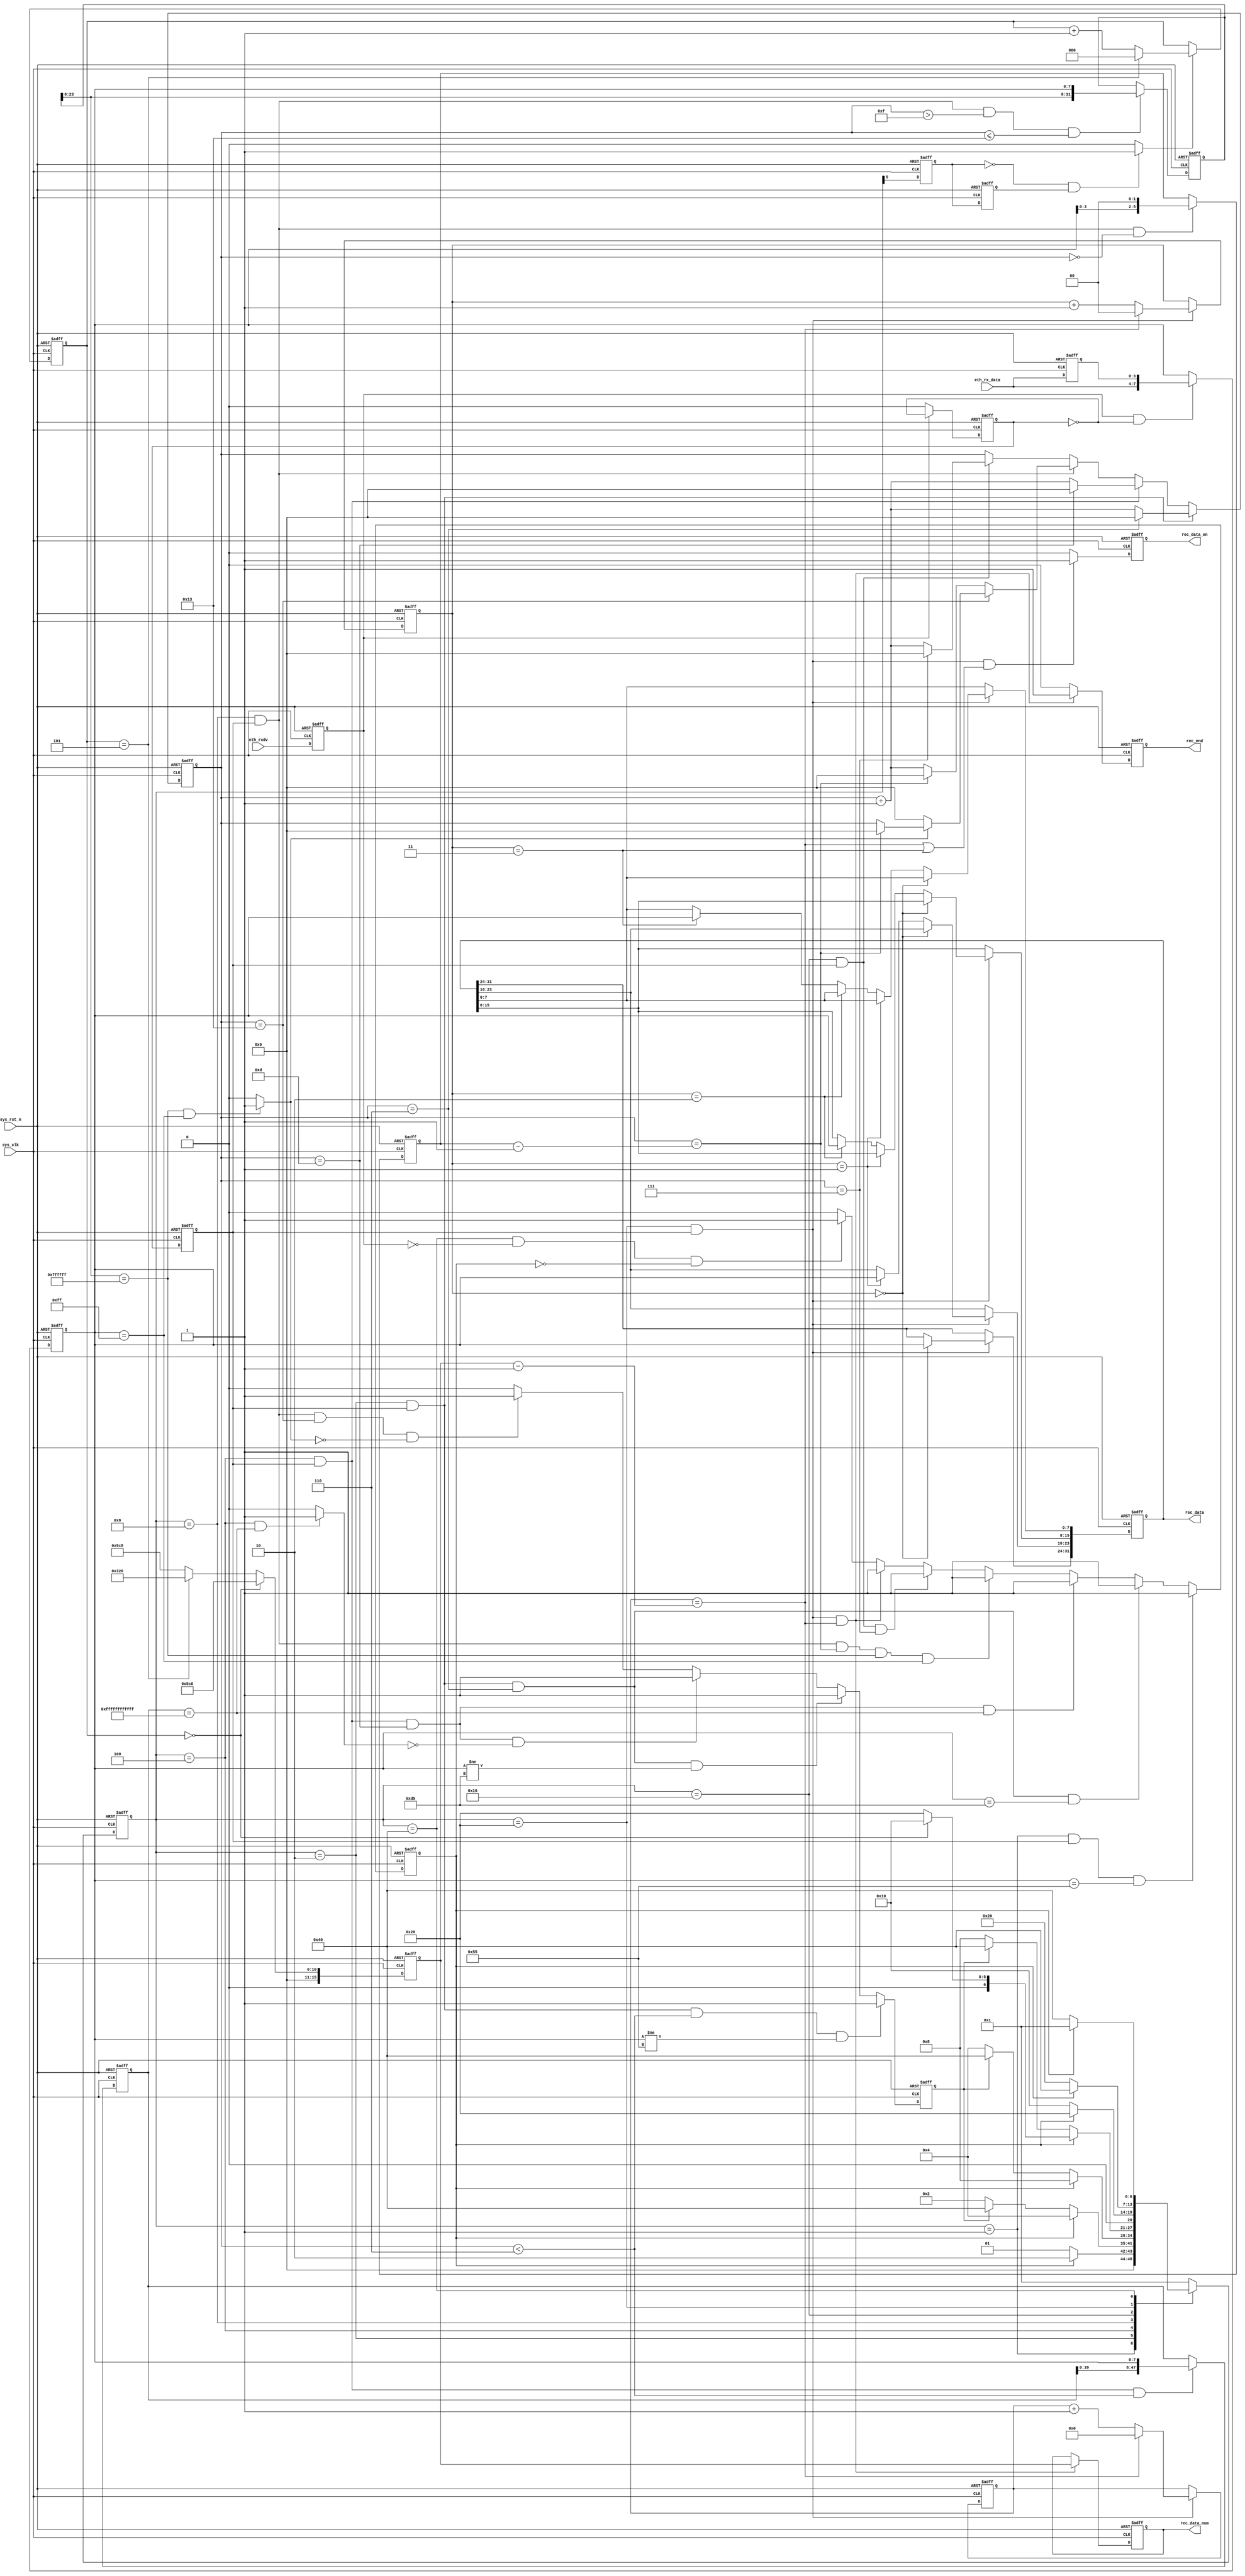
`timescale  1ns/1ns
////////////////////////////////////////////////////////////////////////
// Module Name   : ip_receive
// Project Name  : eth_hdmi_pic
// Target Devices: Altera EP4CE10F17C8N
// Tool Versions : Quartus 13.0
// Description   : UDP
// 
// Revision      : V1.0
// Additional Comments:
// 
// : _Pro_FPGA
//     : http://www.embedfire.com
//     : http://www.firebbs.cn
//     : https://fire-stm32.taobao.com
////////////////////////////////////////////////////////////////////////

module  ip_receive
#(
    parameter   BOARD_MAC   = 48'hFF_FF_FF_FF_FF_FF ,   //MAC
    parameter   BOARD_IP    = 32'hFF_FF_FF_FF           //IP
)
(
    input   wire            sys_clk     ,   //
    input   wire            sys_rst_n   ,   //,
    input   wire            eth_rxdv    ,   //
    input   wire    [3:0]   eth_rx_data ,   //

    output  reg             rec_data_en ,   //
    output  reg     [31:0]  rec_data    ,   //
    output  reg             rec_end     ,   //
    output  reg     [15:0]  rec_data_num    //
);

//********************************************************************//
//****************** Parameter and Internal Signal *******************//
//********************************************************************//

//parameter define
localparam  IDLE        =   7'b000_0001, //
            PACKET_HEAD =   7'b000_0010, //
            ETH_HEAD    =   7'b000_0100, //
            IP_HEAD     =   7'b000_1000, //IP
            UDP_HEAD    =   7'b001_0000, //UDP
            REC_DATA    =   7'b010_0000, //
            REC_END     =   7'b100_0000; //

//wire  define
wire            ip_flag         ;   //IP
wire            mac_flag        ;   //MAC
wire            rd_data_fall    ;   //

//reg   define
reg             eth_rxdv_reg    ;   //
reg     [3:0]   eth_rx_data_reg ;   //
reg             data_sw_en      ;   //
reg             data_en         ;   //
reg     [7:0]   data            ;   //
reg     [6:0]   state           ;   //
reg             sw_en           ;   //
reg             err_en          ;   //
reg     [4:0]   cnt_byte        ;   //
reg     [47:0]  des_mac         ;   //MAC,MAC
reg     [31:0]  des_ip          ;   //IP,IP
reg     [5:0]   ip_len          ;   //IP
reg     [15:0]  udp_len         ;   //UDP
reg     [15:0]  data_len        ;   //
reg     [15:0]  cnt_data        ;   //
reg     [1:0]   cnt_rec_data    ;   //,4
reg     [2:0]   cnt_pkb         ;   //
reg             rd_data_flag_d1 ;   //
reg             rd_data_flag_d2 ;   //

//********************************************************************//
//***************************** Main Code ****************************//
//********************************************************************//
//eth_rxdv_reg:
always@(negedge sys_clk or negedge sys_rst_n)
    if(sys_rst_n == 1'b0)
        eth_rxdv_reg    <=  1'b0;
    else
        eth_rxdv_reg    <=  eth_rxdv;

//eth_rx_data_reg:
always@(negedge sys_clk or negedge sys_rst_n)
    if(sys_rst_n == 1'b0)
        eth_rx_data_reg <=  4'b0;
    else
        eth_rx_data_reg <=  eth_rx_data;

//data_sw_en:
always@(negedge sys_clk or negedge sys_rst_n)
    if(sys_rst_n == 1'b0)
        data_sw_en  <=  1'b0;
    else    if(eth_rxdv_reg == 1'b1)
        data_sw_en  <=  ~data_sw_en;
    else
        data_sw_en  <=  1'b0;

//data_en:
always@(negedge sys_clk or negedge sys_rst_n)
    if(sys_rst_n == 1'b0)
        data_en <=  1'b0;
    else
        data_en <=  data_sw_en;

//data:
always@(posedge sys_clk or negedge sys_rst_n)
    if(sys_rst_n == 1'b0)
        data    <=  8'b0;
    else    if((eth_rxdv_reg == 1'b1) && (data_sw_en == 1'b0))
        data    <=  {eth_rx_data,eth_rx_data_reg};
    else
        data    <=  data;

//state:
always@(posedge sys_clk or negedge sys_rst_n)
    if(sys_rst_n == 1'b0)
        state   <=  IDLE;
    else    case(state)
        IDLE:
            if(sw_en == 1'b1)
                state   <=  PACKET_HEAD;
            else
                state   <=  IDLE;
        PACKET_HEAD:
            if(sw_en == 1'b1)
                state   <=  ETH_HEAD;
            else    if(err_en == 1'b1)
                state   <=  REC_END;
            else
                state   <=  PACKET_HEAD;
        ETH_HEAD:
            if(sw_en == 1'b1)
                state   <=  IP_HEAD;
            else    if(err_en == 1'b1)
                state   <=  REC_END;
            else
                state   <=  ETH_HEAD;
        IP_HEAD:
            if(sw_en == 1'b1)
                if(cnt_pkb == 3'd0)
                    state   <=  UDP_HEAD;
                else
                    state   <=  REC_DATA;
                
            else    if(err_en == 1'b1)
                state   <=  REC_END;
            else
                state   <=  IP_HEAD;
        UDP_HEAD:
            if(sw_en == 1'b1)
                state   <=  REC_DATA;
            else
                state   <=  UDP_HEAD;
        REC_DATA:
            if(sw_en == 1'b1)
                state   <=  REC_END;
            else
                state   <=  REC_DATA;
        REC_END:
            if(sw_en == 1'b1)
                state   <=  IDLE;
            else
                state   <=  REC_END;
        default:state   <=  IDLE;
    endcase

//sw_en:
always @(posedge sys_clk or negedge sys_rst_n)
    if(sys_rst_n == 1'b0)
        sw_en   <=  1'b0;
    else    if((state == IDLE) && (data_en == 1'b1) && (data == 8'h55))
        sw_en   <=  1'b1;
    else    if((state == PACKET_HEAD) && (data_en == 1'b1)
            && (cnt_byte == 5'd6) && (data == 8'hd5))
        sw_en   <=  1'b1;
    else    if((state == ETH_HEAD) && (data_en == 1'b1) && (cnt_byte == 8'd13)
            && ((des_mac == BOARD_MAC) || (des_mac == 48'hFF_FF_FF_FF_FF_FF)))
        sw_en   <=  1'b1;
    else    if((state == IP_HEAD) && (data_en == 1'b1)
            && (cnt_byte == ip_len - 1'b1) && (des_ip[23:0] == BOARD_IP[31:8])
            && (data == BOARD_IP[7:0]))
        sw_en   <=  1'b1;
    else    if((state == UDP_HEAD) && (data_en == 1'b1) && (cnt_byte == 8'd7))
        sw_en   <=  1'b1;
    else    if((state == REC_DATA) && (data_en == 1'b1)
            && (cnt_data == data_len - 1'b1))
        sw_en   <=  1'b1;
    else    if((state == REC_END) && (eth_rxdv_reg == 1'b0) && (sw_en == 1'b0))
        sw_en   <=  1'b1;
    else
        sw_en   <=  1'b0;

//err_en:
always@(posedge sys_clk or negedge sys_rst_n)
    if(sys_rst_n == 1'b0)
        err_en  <=  1'b0;
    else    if((state == PACKET_HEAD) && (data_en == 1'b1)
                && (cnt_byte < 5'd6) && (data != 8'h55))
        err_en  <=  1'b1;
    else    if((state == PACKET_HEAD) && (data_en == 1'b1)
                && (cnt_byte == 5'd6) && (data != 8'hd5))
        err_en  <=  1'b1;
    else    if((state == ETH_HEAD) && (data_en == 1'b1)
                && (cnt_byte == 5'd13) && (mac_flag == 1'b0))
        err_en  <=  1'b1;
    else    if((state == IP_HEAD) && (data_en == 1'b1)
                && (cnt_byte == 5'd19) && (ip_flag == 1'b0))
        err_en  <=  1'b1;
    else
        err_en  <=  1'b0;

//cnt_byte:
always @(posedge sys_clk or negedge sys_rst_n)
    if(sys_rst_n == 1'b0)
        cnt_byte    <=  5'd0;
    else    if((state == PACKET_HEAD) && (data_en == 1'b1))
        if(cnt_byte == 5'd6)
            cnt_byte <= 5'd0;
        else
            cnt_byte <= cnt_byte + 5'd1;
    else    if((state == ETH_HEAD) && (data_en == 1'b1))
        if(cnt_byte == 5'd13)
            cnt_byte    <=  5'd0;
        else
            cnt_byte    <=  cnt_byte + 5'b1;
    else    if((state == IP_HEAD) && (data_en == 1'b1))
        if(cnt_byte == 5'd19)
            if(ip_flag == 1'b1)
                begin
                    if(cnt_byte == ip_len - 1'b1)
                        cnt_byte    <=  5'd0;
                end
            else
                cnt_byte <= 5'd0;
        else    if(cnt_byte == ip_len - 1'b1)
            cnt_byte    <=  5'd0;
        else
            cnt_byte    <=  cnt_byte + 5'd1;
    else    if((state == UDP_HEAD) && (data_en == 1'b1))
        if(cnt_byte == 5'd7)
            cnt_byte <= 5'd0;
        else
            cnt_byte    <=  cnt_byte + 5'd1;
    else
        cnt_byte    <=  cnt_byte;

//des_mac:MAC,MAC
always@(posedge sys_clk or negedge sys_rst_n)
    if(sys_rst_n == 1'b0)
        des_mac <=  48'h0;
    else    if((state == ETH_HEAD) && (data_en == 1'b1)
                && (cnt_byte < 8'd6))
        des_mac <= {des_mac[39:0],data};

//mac_flag:MAC
assign  mac_flag = ((state == ETH_HEAD) && (des_mac == BOARD_MAC))
                    ? 1'b1 : 1'b0;

//des_ip:IP,IP
always @(posedge sys_clk or negedge sys_rst_n)
    if(sys_rst_n == 1'b0)
        des_ip  <=  32'd0;
    else    if((state == IP_HEAD) && (data_en == 1'b1)
            && (cnt_byte > 5'd15) && (cnt_byte <= 5'd19))
        des_ip  <=  {des_ip[23:0],data};
    else
        des_ip  <=  des_ip;

//ip_flag:IP
assign  ip_flag = ((des_ip[23:0] == BOARD_IP[31:8])
                && (data == BOARD_IP[7:0])) ? 1'b1 : 1'b0;

//ip_len:IP
always@(posedge sys_clk or negedge sys_rst_n)
    if(sys_rst_n == 1'b0)
        ip_len  <=  6'b0;
    else    if((state == IP_HEAD) && (data_en == 1'b1)
                && (cnt_byte == 8'd0))
        ip_len  <=  {data[3:0],2'b00};

//udp_len:UDP
always@(posedge sys_clk or negedge sys_rst_n)
    if(sys_rst_n == 1'b0)
        udp_len <=  16'd0;
    else    if((state == UDP_HEAD) && (data_en == 1'b1)
            && (cnt_byte >= 8'd4) && (cnt_byte <= 8'd5))
        udp_len <=  {udp_len[7:0],data};

//data_len:
always@(posedge sys_clk or negedge sys_rst_n)
    if(sys_rst_n == 1'b0)
        data_len    <=  16'd0;
    else    if(cnt_pkb == 3'd0)
        data_len    <=  16'd1472;
    else    if(cnt_pkb == 3'd5)
        data_len    <=  16'd800;
    else
        data_len    <=  16'd1480;

//cnt_data:
always@(posedge sys_clk or negedge sys_rst_n)
    if(sys_rst_n == 1'b0)
        cnt_data    <=  16'd0;
    else    if((state == REC_DATA) && (data_en == 1'b1))
        if(cnt_data == (data_len - 1'b1))
            cnt_data    <=  16'd0;
        else
            cnt_data    <=  cnt_data + 16'd1;

//  rec_data_en:
always@(posedge sys_clk or negedge sys_rst_n)
    if(sys_rst_n == 1'b0)
        rec_data_en  <=  1'b0;
    else    if((state == REC_DATA) && (data_en == 1'b1)
        && ((cnt_data == (data_len - 1'b1)) || (cnt_rec_data == 2'd3)))
        rec_data_en  <=  1'b1;
    else
        rec_data_en  <=  1'b0;

//rec_data:
always@(posedge sys_clk or negedge sys_rst_n)
    if(sys_rst_n == 1'b0)
        rec_data    <=  32'b0;
    else    if((state == REC_DATA) && (data_en == 1'b1))
        if(cnt_rec_data == 2'd0)
            rec_data[31:24] <=  data;
        else    if(cnt_rec_data == 2'd1)
            rec_data[23:16] <=  data;
        else    if(cnt_rec_data == 2'd2) 
            rec_data[15:8]  <=  data;        
        else    if(cnt_rec_data==2'd3)
            rec_data[7:0]   <=  data;
        else
            rec_data    <=  rec_data;
    else
        rec_data    <=  rec_data;

//rec_data_num:
always@(posedge sys_clk or negedge sys_rst_n)
    if(sys_rst_n == 1'b0)
        rec_data_num    <=  16'b0;
    else    if((state == REC_DATA) && (data_en == 1'b1)
                && (cnt_data == (data_len - 1'b1)))
        rec_data_num    <=  data_len;

//cnt_rec_data:,4
always@(posedge sys_clk or negedge sys_rst_n)
    if(sys_rst_n == 1'b0)
        cnt_rec_data    <=  2'd0;
    else    if((state == REC_DATA) && (data_en == 1'b1))
        if(cnt_data == (data_len - 1'b1))
            cnt_rec_data    <=  2'd0;
        else
            cnt_rec_data    <=  cnt_rec_data + 2'd1;

//rd_data_flag_d1,rd_data_flag_d2
//,
always@(posedge sys_clk or negedge sys_rst_n)
    if(sys_rst_n == 1'b0)
        begin
            rd_data_flag_d1        <=  1'b0;
            rd_data_flag_d2    <=  1'b0;
        end
    else
        begin
            rd_data_flag_d1        <=  state[5];
            rd_data_flag_d2    <=  rd_data_flag_d1;
        end

//rd_data_fall:
assign  rd_data_fall = ((rd_data_flag_d1 == 1'b0)
                        && (rd_data_flag_d2 == 1'b1))
                        ? 1'b1 : 1'b0;

//cnt_pkb:
always@(posedge sys_clk or negedge sys_rst_n)
    if(sys_rst_n == 1'b0)
        cnt_pkb <=  3'd0;
    else    if(rd_data_fall == 1'b1)
        if(cnt_pkb == 3'd5)
            cnt_pkb <=  3'd0;
        else
            cnt_pkb <=  cnt_pkb + 1'b1;
    else
        cnt_pkb <=  cnt_pkb;

//rec_end:
always@(posedge sys_clk or negedge sys_rst_n)
    if(sys_rst_n == 1'b0)
        rec_end     <=  1'b0;
    else    if((state == REC_DATA) && (data_en == 1'b1)
                && (cnt_data == (data_len - 1'b1)))
        rec_end     <=  1'b1;
    else
        rec_end     <=  1'b0;

endmodule